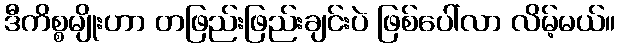
ဒီကိစ္စမျိုးဟာ တဖြည်းဖြည်းချင်းပဲ ဖြစ်ပေါ်လာ လိမ့်မယ်။